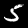
Digit: 5